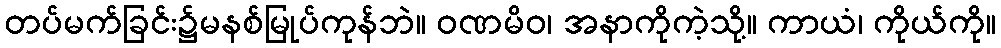
တပ်မက်ခြင်း၌မနစ်မြုပ်ကုန်ဘဲ။ ဝဏမိဝ၊ အနာကိုကဲ့သို့။ ကာယံ၊ ကိုယ်ကို။